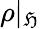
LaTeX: \rho|_{\mathfrak{H}}